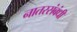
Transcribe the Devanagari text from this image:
नातरसंबंधी